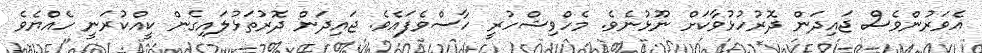
އެވަރުންވެސް ޖައިދަން ދޮރުހުޅުވާކަށް ނޫޅުނެވެ. މެހްވިޝްހުރީ ހާސްވެފައެވެ. ޖައިދަން ދޮރުތަޅުލައިގެން ކީއްކުރަނީ ހެއްޔެވެ